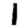
Digit: 1